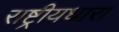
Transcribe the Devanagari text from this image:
राष्ट्रीयधारा